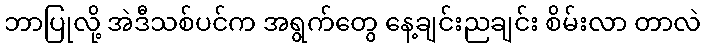
ဘာပြုလို့ အဲဒီသစ်ပင်က အရွက်တွေ နေ့ချင်းညချင်း စိမ်းလာ တာလဲ